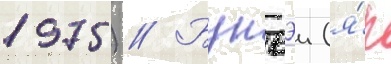
1975) // Бунъэи (я́п